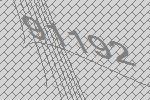
91192